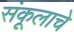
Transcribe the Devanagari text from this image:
संकूलाचे